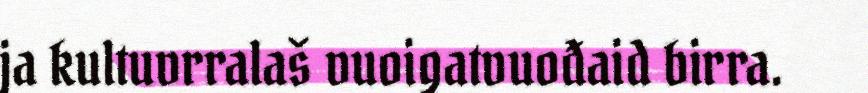
ja kultuvrralaš vuoigatvuođaid birra.